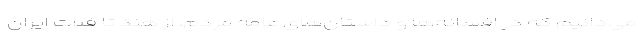
می‌دانیم که در افسانه‌ها و داستان‌های عامه مردم، از هند تا فلات ایران